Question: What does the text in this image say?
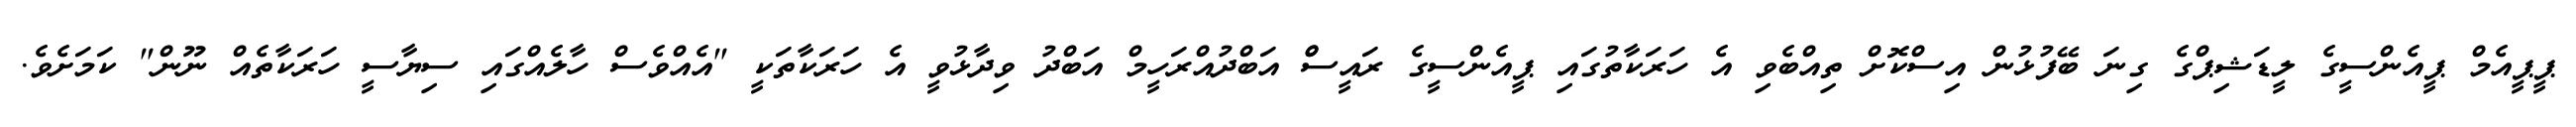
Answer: ޕީޕީއެމް ޕީއެންސީގެ ލީޑަޝިޕްގެ ގިނަ ބޭފުޅުން އިސްކޮށް ތިއްބެވި އެ ހަރަކާތުގައި ޕީއެންސީގެ ރައީސްް އަބްދުއްރަހީމް އަބްދު ވިދާޅުވީ އެ ހަރަކާތަކީ "އެއްވެސް ހާލެއްގައި ސިޔާސީ ހަރަކާތެއް ނޫން" ކަމަށެވެ.